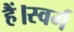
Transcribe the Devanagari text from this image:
हैं।स्वर्ग